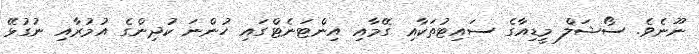
ނޫނެވެ. ސޯޝަލް މީޑިއާގެ ސައިޓުތަކާއި ގޭމާއި އިންޓަނެޓްގައި ހުންނަ ކުދިންގެ އުމުރާއި ނުގުޅޭ